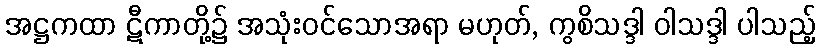
အဋ္ဌကထာ ဋီကာတို့၌ အသုံးဝင်သောအရာ မဟုတ်, ကွစိသဒ္ဒါ ဝါသဒ္ဒါ ပါသည့်